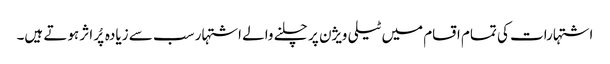
اشتہارات کی تمام اقسام میں ٹیلی ویژن پر چلنے والے اشتہار سب سے زیادہ پُر اثر ہوتے ہیں۔